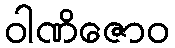
ဝါဏိဇောဝ